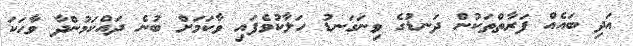
އަދި ބައެއް ފަރާތްތަކުން ދަނޑުގެ ވިނަގަނޑު ހަލާކުވެފައި ވާކަމަށް ބުނެ ދައްކަމުންދާ ވާހަކަ